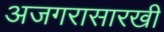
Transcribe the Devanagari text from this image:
अजगरासारखी